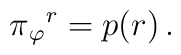
\pi {_{\varphi }}{^{r}}=p(r)\,.